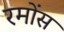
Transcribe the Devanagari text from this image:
रमोंस